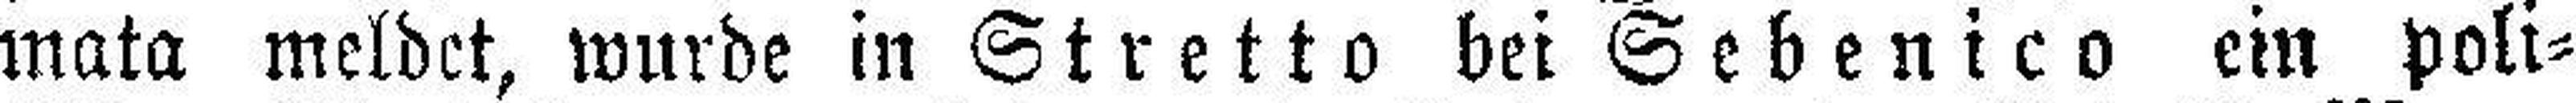
mata meldet, wurde in Stretto bei Sebenico ein poli¬